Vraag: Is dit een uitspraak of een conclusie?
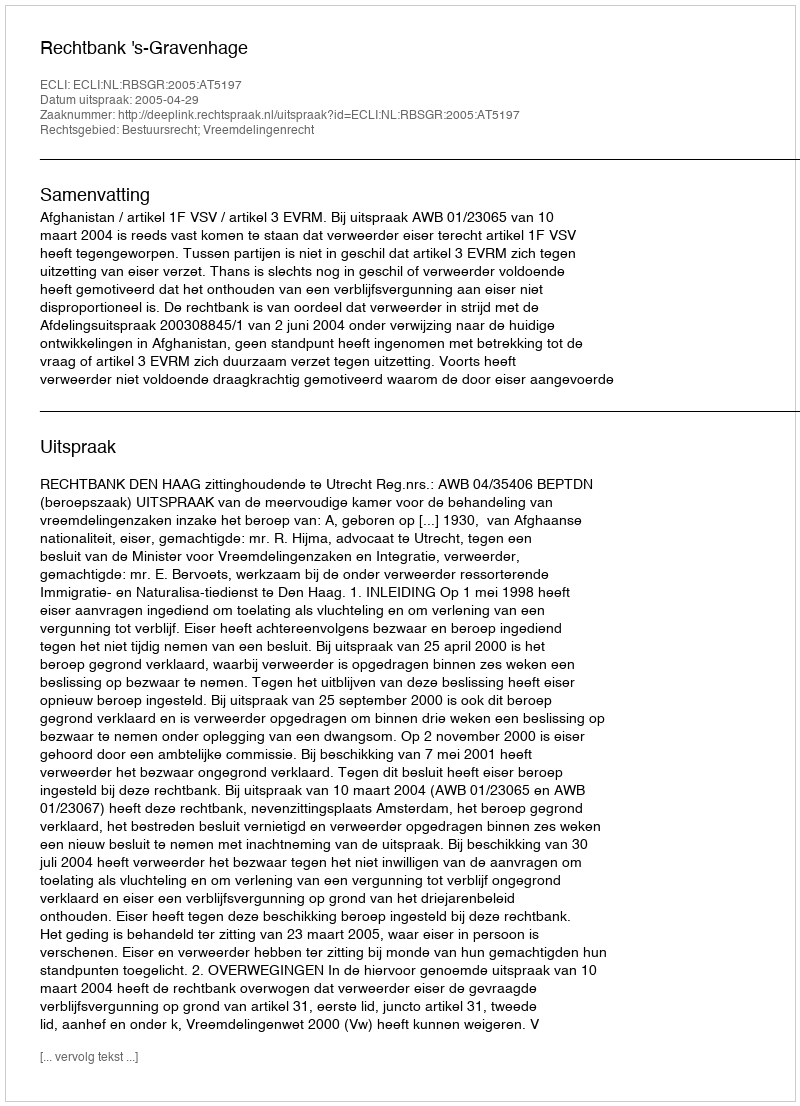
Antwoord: Uitspraak